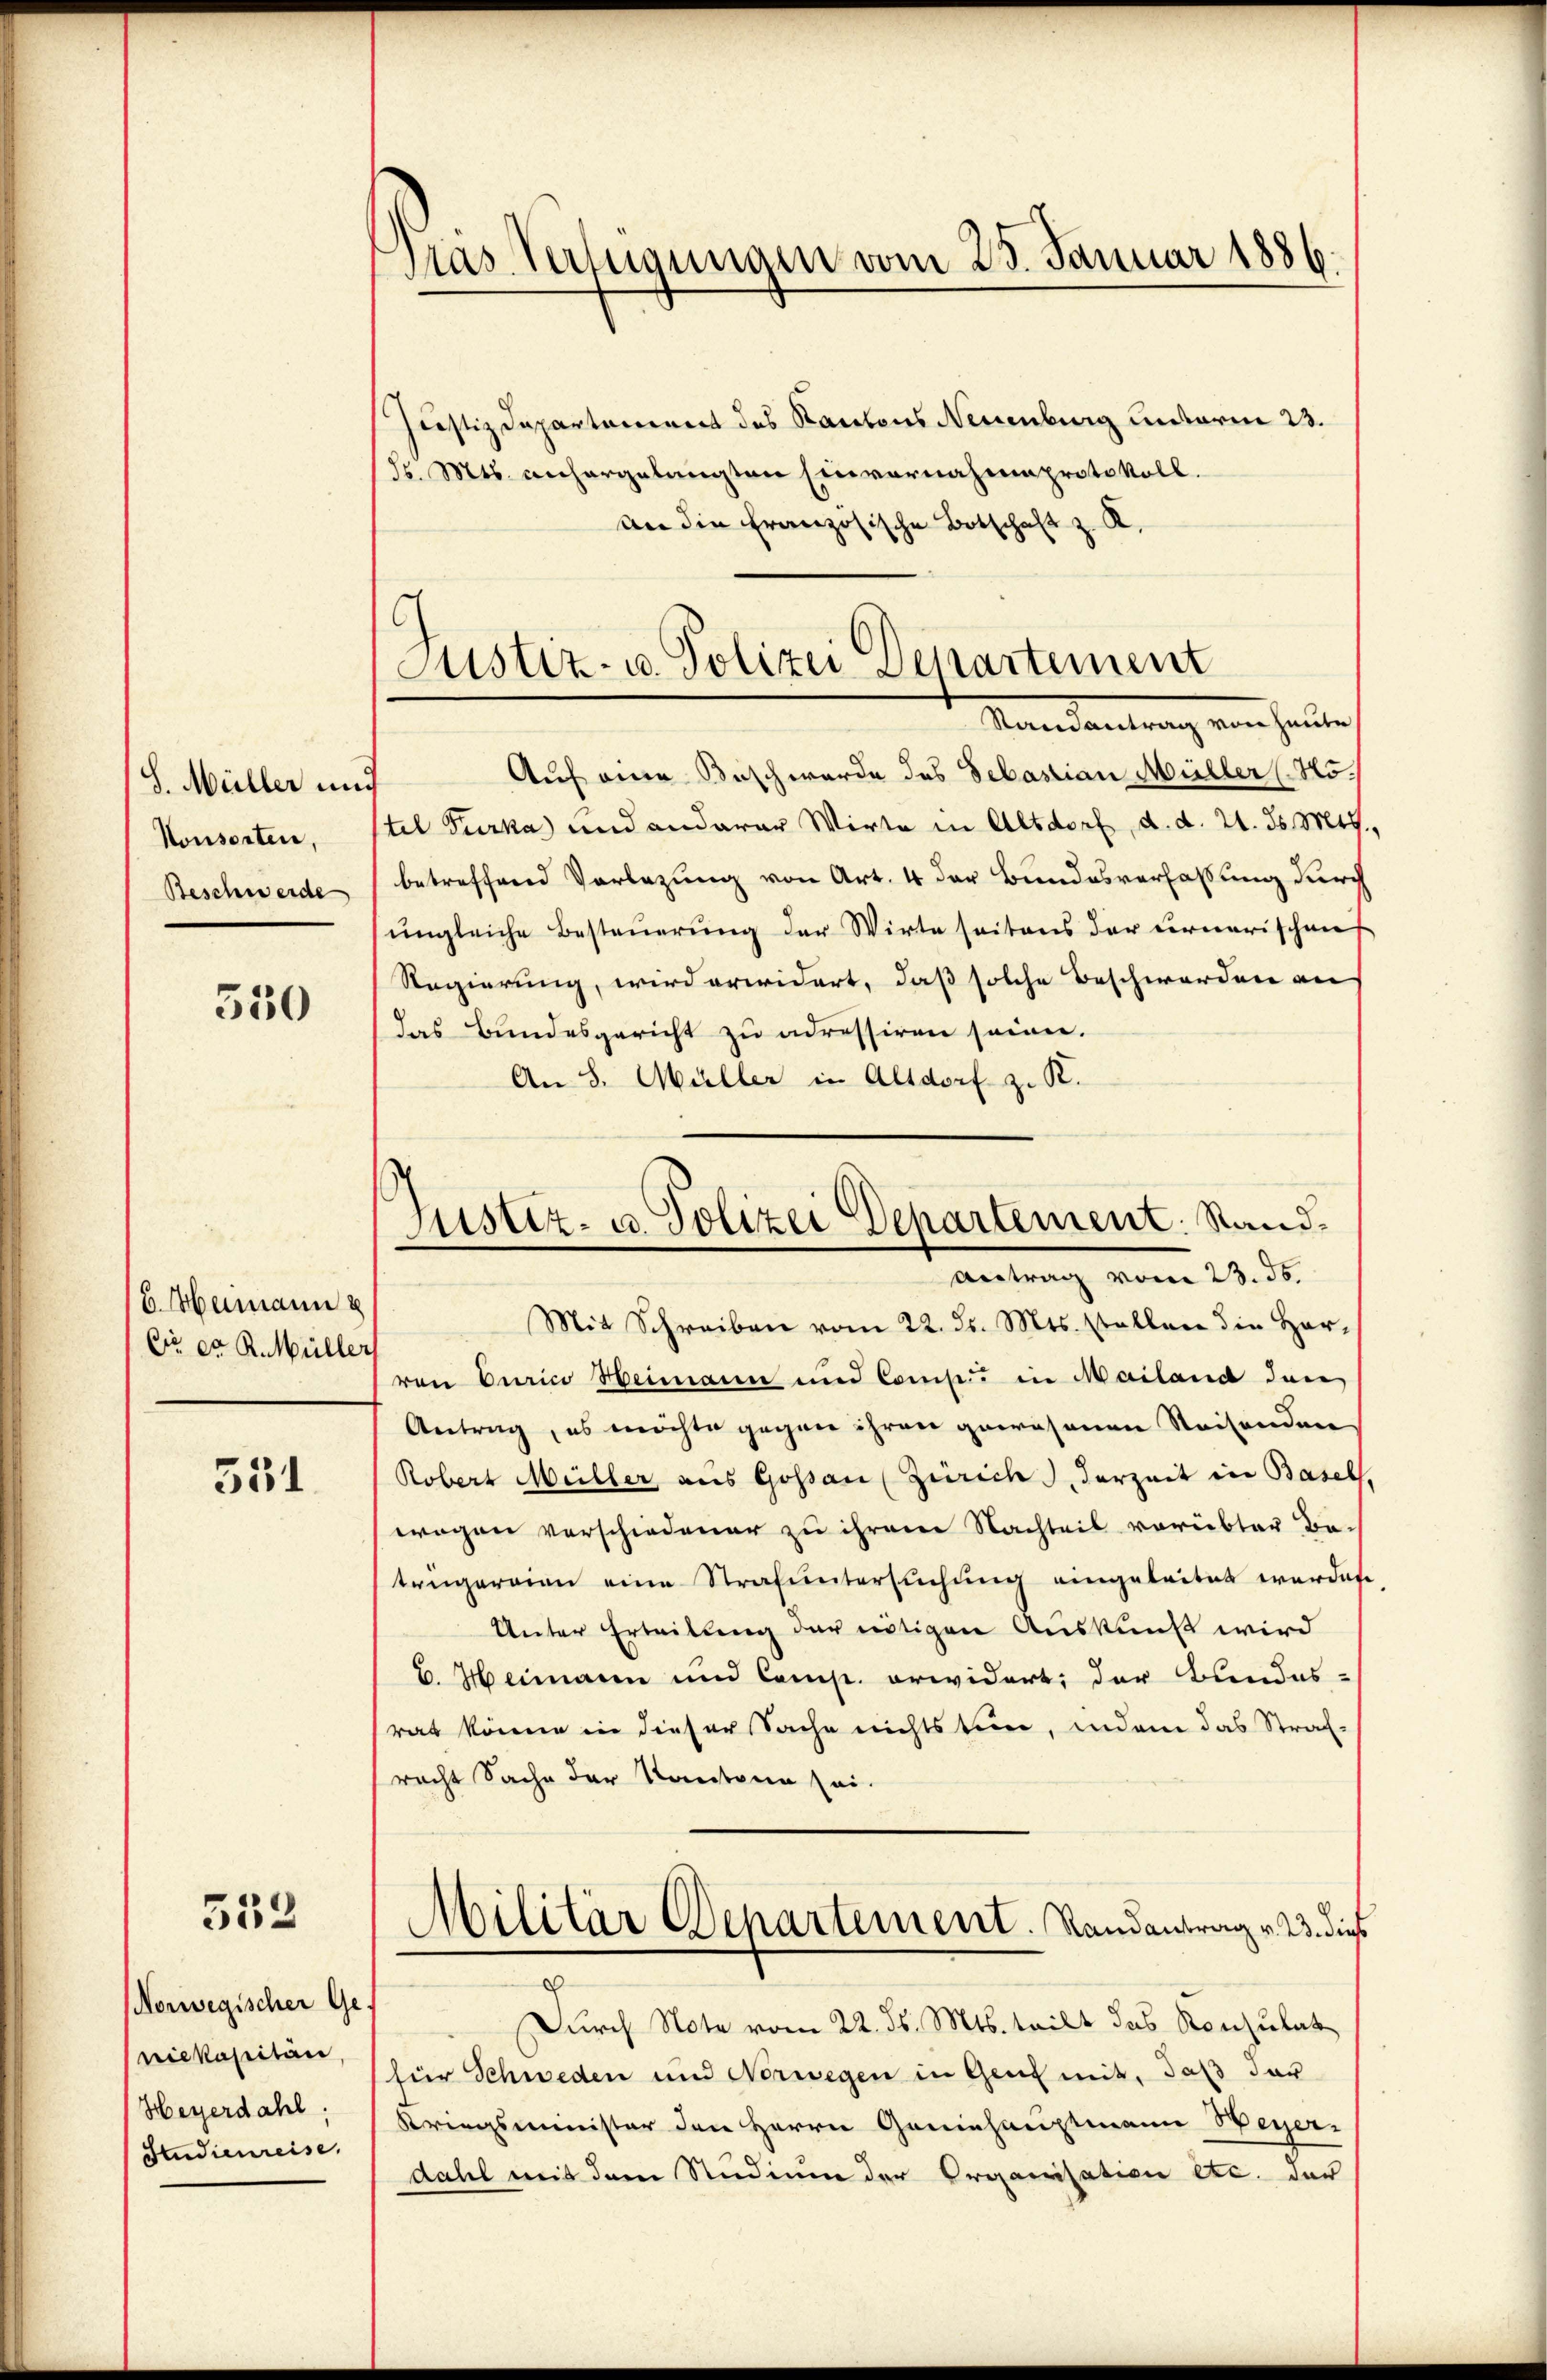
d. Müller und
Konsorten,
Beschwerde

550

(v. Hammann e
Dir et R. Müller

531

332

Norwegischer Ge-
niekapitär,
Heyerdahl.
Studienreise.

Pras Verfügungen vom 25. Januar 1886.

Justiz- u. Polizei Departement
Mandantung von heute

Justiz- u. Polizei Departement. Stand.
Antrag vom 23. ds.

Justizdepartement des Kantons Neuenburg unterm 23.
dr. Mts. anhergelangten Einvernahmsprotokoll.
an die französische Botschaft z. K.
Auf eine Beschwerde des Sebastian Müller (25.
tel Purka und anderar Wirte in Altdorf, d. d. 21. ds. Mts
betreffend Vorlegung von Art. 4 der Bundesverfassung durch
ungleiche Besteuerung der Wirte seitens der Fernerischens
Regierung, wird erwidert, daß solche Beschwerden an
das Bundesgericht zu adressiren seinen.
An 8. Müller in Altdorf z. R.
Mit Schreiben vom 22. d. Mts. stellen die Herren Curici Heimann und Comp. in Mailand dan
Antrag, es möchte gegen ihren gewesenen Reisenden
Robert Müller aus Gossan (Zürich, derzeit in Basel
wogen verschiedener zu ihrem Nachteil vorübter Betrügeraien eine Strafuntersuchung eingeleitet werde
Unter Erteilung der nötigen Auskunft wird
C. Heimann und Comp. erwidert; der Bundes-
rat könne in dieser Sache nichts tun, indem das Straf-
racht Sache der Kantone sei.
Militär Departement. Randantrag v. 23. die
d
Durch Note vom 22. ds. Mts. teilt das Konsulat
(für Schweden und Norwegen in Genf mit, daß dar
Kriegsminister den Herrn Geninhauptmann Weyer-
dahl mit dem Studium der Organisation etc. der